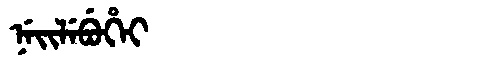
Manchu: ᠨᡝᡳᠯᡝᠪᡠᡥᡝᡳ
Romanization: NEILEBUHEI